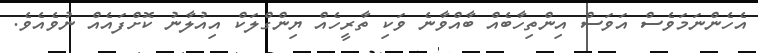
އެހެންނަމަވެސް އަވަސް އިންތިހާބެއް ބާއްވާނެ ވަކި ތާރީހެއް ޔިންގްލަކް އިއުލާނު ކޮށްފައެއް ނުވެއެވެ.